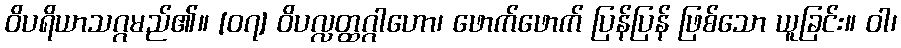
ဝိပရိယာသဂ္ဂမည်၏။ [၀၇] ဝိပလ္လတ္ထဂ္ဂါဟော၊ ဖောက်ဖောက် ပြန်ပြန် ဖြစ်သော ယူခြင်း။ ဝါ၊